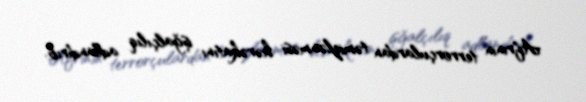
Afrinin terrorçulardan təmizlənməsi hərəkatını işğalçılıq adlandırıb.